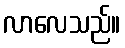
လာလေသည်။